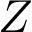
Z